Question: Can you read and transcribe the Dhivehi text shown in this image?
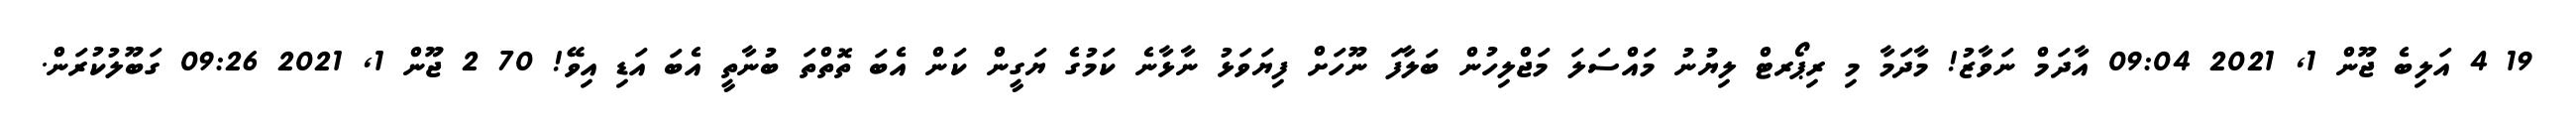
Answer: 19 4 އަލިބެ ޖޫން 1, 2021 09:04 އާދަމް ނަވާޒު! މާދަމާ މި ރިޕޯރޓް ލިޔުނު މައްސަލަ މަޖްލިހުން ބަލާފަ ނޫހަށް ފިޔަވަޅު ނާޅާނެ ކަމުގެ ޔަގީން ކަން އެބަ ތޮތްތަ ބުނާތީ އެބަ އަޑި އިވޭ! 70 2 ޖޫން 1, 2021 09:26 ގަބޫލުކުރަން.